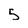
Character: 5